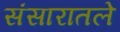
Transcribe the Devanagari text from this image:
संसारातले